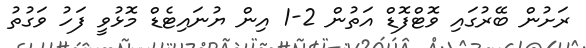
ރަށުން ބޭރުގައި ވޮޓްފޮޑް އަތުން 2-1 އިން ޔުނައިޓެޑް މޮޅުވީ ފަހު ވަގުުތު